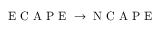
\mathrm { ~ E ~ C ~ A ~ P ~ E ~ } \rightarrow \mathrm { ~ N ~ C ~ A ~ P ~ E ~ }